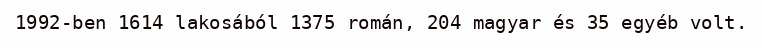
1992-ben 1614 lakosából 1375 román, 204 magyar és 35 egyéb volt.